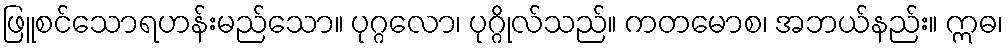
ဖြူစင်သောရဟန်းမည်သော။ ပုဂ္ဂလော၊ ပုဂ္ဂိုလ်သည်။ ကတမောစ၊ အဘယ်နည်း။ ဣဓ၊